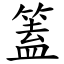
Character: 篕